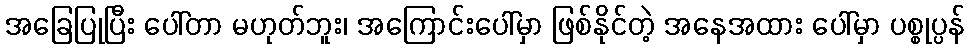
အခြေပြုပြီး ပေါ်တာ မဟုတ်ဘူး၊ အကြောင်းပေါ်မှာ ဖြစ်နိုင်တဲ့ အနေအထား ပေါ်မှာ ပစ္စုပ္ပန်